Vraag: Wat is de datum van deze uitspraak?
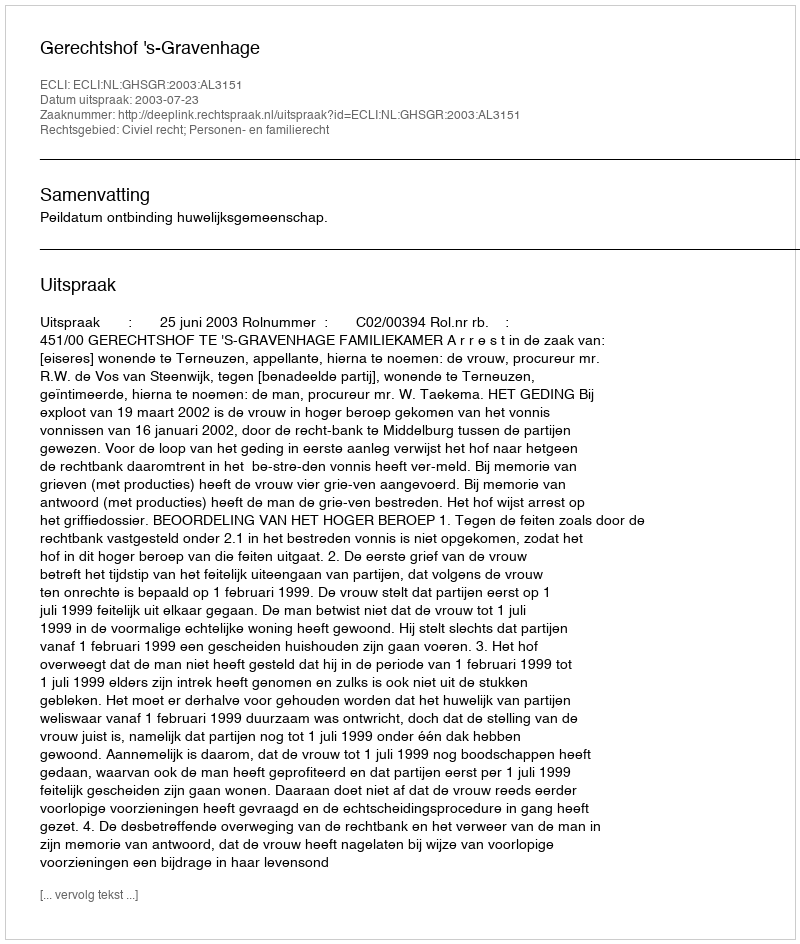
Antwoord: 2003-07-23